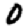
Digit: 0